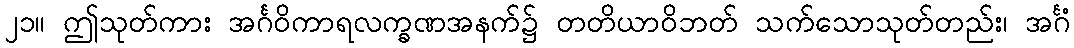
၂၁။ ဤသုတ်ကား အင်္ဂဝိကာရလက္ခဏအနက်၌ တတိယာဝိဘတ် သက်သောသုတ်တည်း၊ အင်္ဂံ